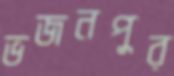
ভজনপুর